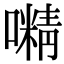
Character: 𡁔